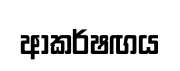
ආකර්ෂඟය